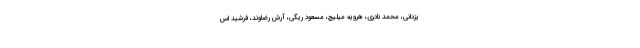
یزدانی، محمد نادری، هرویه میلیچ، مسعود ریگی، آرش رضاوند، فرشید اس